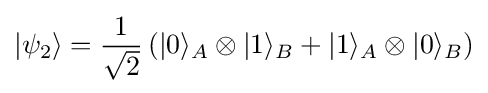
|\psi _{2}\rangle ={\frac {1}{\sqrt {2}}}\left(|0\rangle _{A}\otimes |1\rangle _{B}+|1\rangle _{A}\otimes |0\rangle _{B}\right)